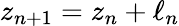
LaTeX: z_{n+1}=z_{n}+\ell_{n}